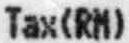
TAX(RM)